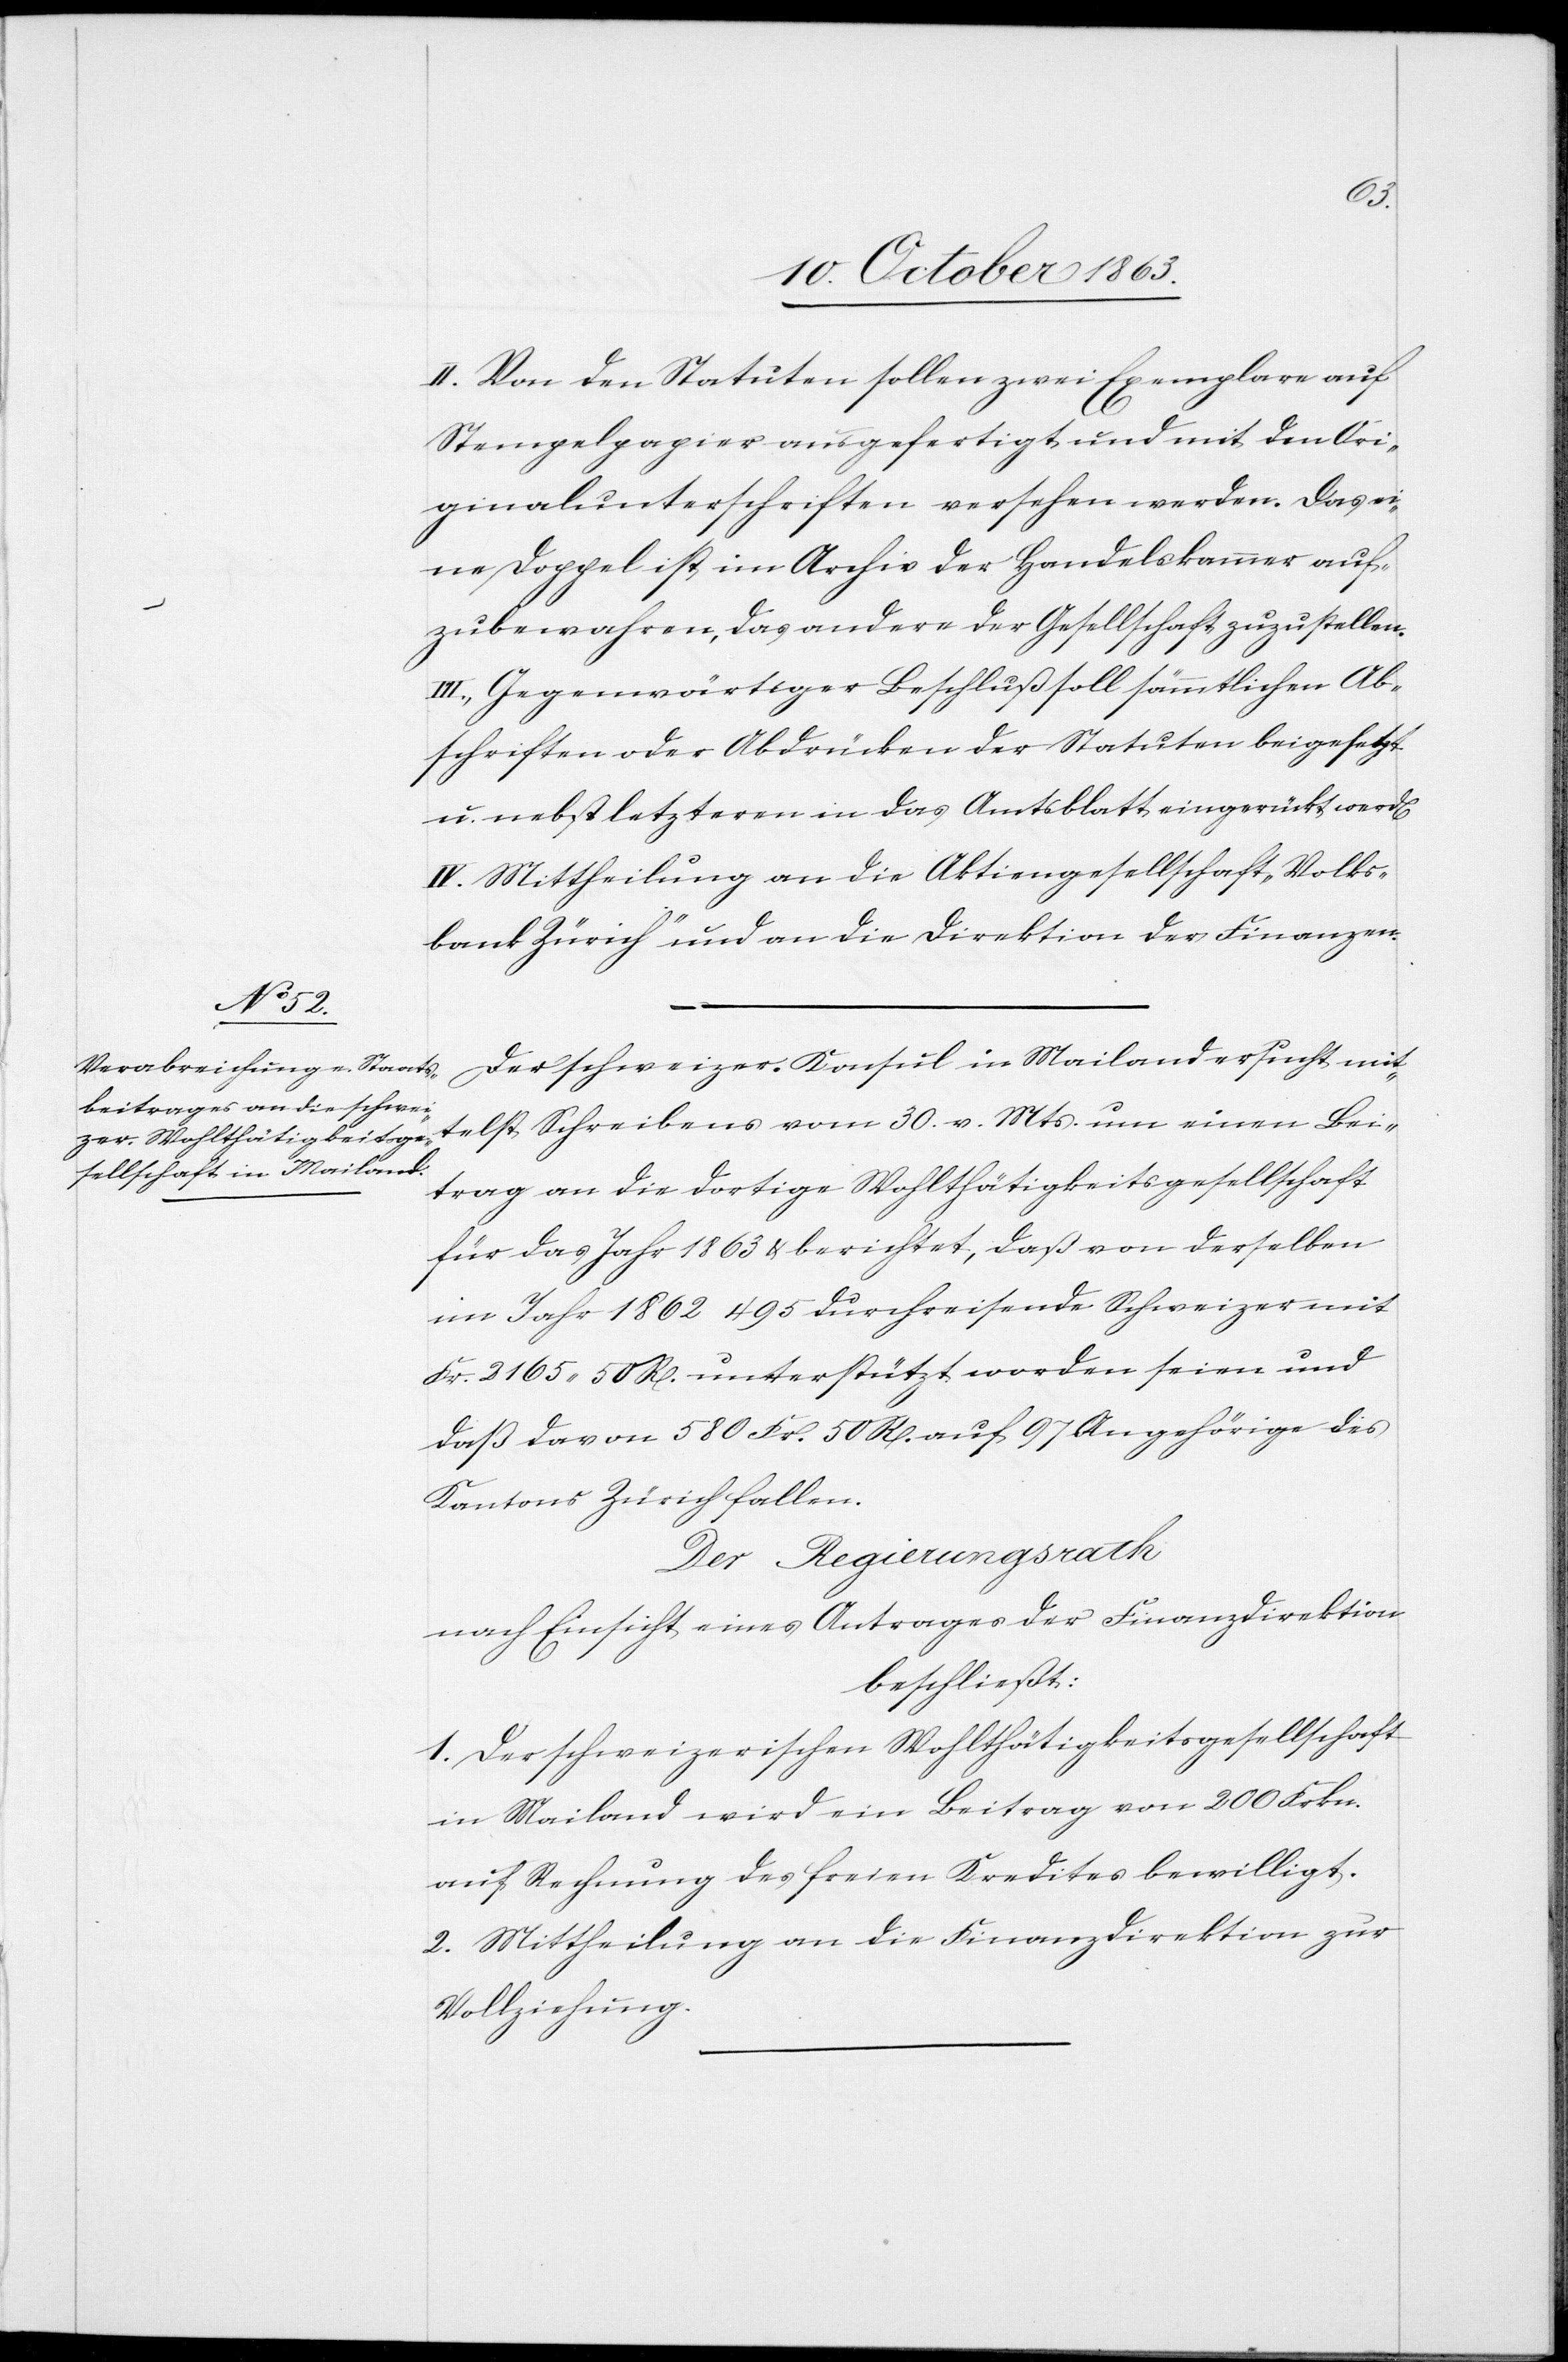
II. Von den Statuten sollen zwei Exemplare auf
Stempelpapier ausgefertigt und mit den Ori¬
ginalunterschriften versehen werden. Das ei¬
ne Doppel ist im Archiv der Handelskammer auf¬
zubewahren, das andere der Gesellschaft zuzustellen.
III. Gegenwärtiger Beschluß soll sämmtlichen Ab¬
schriften oder Abdrücken der Statuten beigesetzt
u. nebst letzteren in das Amtsblatt eingerückt werd[en].
IV. Mittheilung an die Aktiengesellschaft „Volks¬
bank Zürich“ und an die Direktion der Finanzen.
Der schweizer. Konsul in Mailand ersucht mit¬
telst Schreibens vom 30. v. Mts. einen Bei¬
trag an die dortige Wohlthätigkeitsgesellschaft
für das Jahr 1863 & berichtet, daß von derselben
im Jahr 1862 495 durchreisende Schweizer mit
Fr. 2165. 50 R[pen]. unterstützt worden seien und
daß davon 580 Fr. 50 R[pen]. auf 97 Angehörige des
Kantons Zürich fallen.
Der Regierungsrath
nach Einsicht eines Antrages der Finanzdirektion
beschließt:
1. Der schweizerischen Wohlthätigkeitsgesellschaft
in Mailand wird ein Beitrag von 200 Frkn.
auf Rechnung des freien Kredites bewilligt.
2. Mittheilung an die Finanzdirektion zur
Vollziehung.